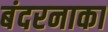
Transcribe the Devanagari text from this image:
बंदरनाका